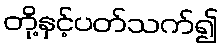
တို့နှင့်ပတ်သက်၍